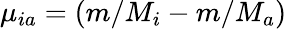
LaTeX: \mu_{ia}=\left(m/M_{i}-m/M_{a}\right)